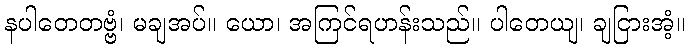
နပါတေတဗ္ဗံ၊ မချအပ်။ ယော၊ အကြင်ရဟန်းသည်။ ပါတေယျ၊ ချငြားအံ့။